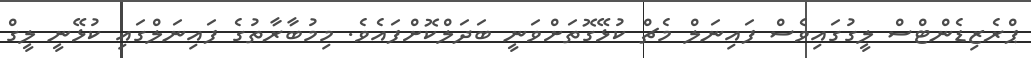
ޕްރެޒިޑެންޓްސް ލީގުގައިވެސް ފައިނަލް މެޗް ކުޅޭގޮތަށްވަނީ ބަދަލްކޮށްފައެވެ. މިމުބާރާތުގެ ފައިނަލްގައި ކުޅޭނީ ލީގް